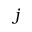
j